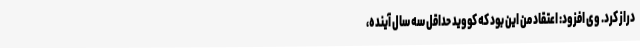
دراز کرد. وی افزود: اعتقاد من این بود که کووید حداقل سه سال آینده،